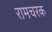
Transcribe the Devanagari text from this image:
रामचरक